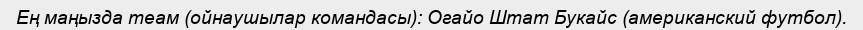
Ең маңызда теам (ойнаушылар командасы): Огайо Штат Букайс (американский футбол).